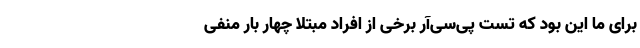
برای ما این بود که تست پی‌سی‌آر برخی از افراد مبتلا چهار بار منفی